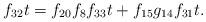
LaTeX: \begin{align*}f_{32}t &= f_{20}f_{8}f_{33}t + f_{15}g_{14}f_{31}t. \end{align*}